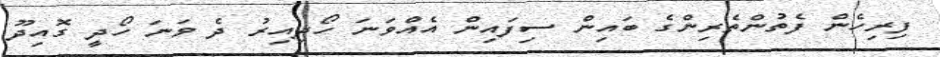
ފިރިހެން ފެތުންތެރިންގެ ބައިން ސިފައިން އެއްވަނަ ހޯދިއިރު ދެ ވަނަ ހޯދީ ގޮއިދޫ